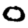
Digit: 0